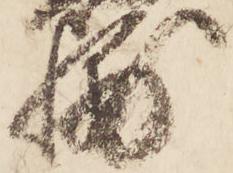
輔